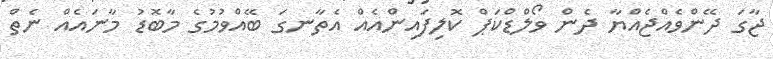
ޖާގަ ދޭންވެއްޖެއްޔާ ދެން ވޯލްޑްކަޕް ކޮލިފައިންއެއް އެތާނގަ ބޭއްވުމުގެ މާބޮޑު މާނައެއް ނެތް